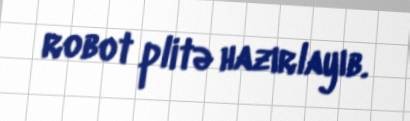
robot plitə hazırlayıb.